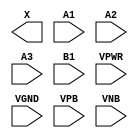
module sky130_fd_sc_ms__o31a (
    X   ,
    A1  ,
    A2  ,
    A3  ,
    B1  ,
    VPWR,
    VGND,
    VPB ,
    VNB
);

    output X   ;
    input  A1  ;
    input  A2  ;
    input  A3  ;
    input  B1  ;
    input  VPWR;
    input  VGND;
    input  VPB ;
    input  VNB ;
endmodule